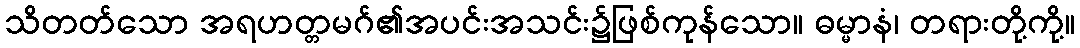
သိတတ်သော အရဟတ္တမဂ်၏အပင်းအသင်း၌ဖြစ်ကုန်သော။ ဓမ္မာနံ၊ တရားတို့ကို့။